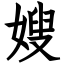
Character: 嫂